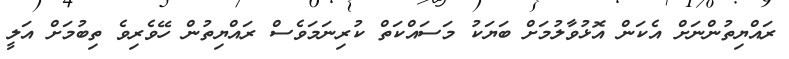
ރައްޔިތުންނަށް އެކަން އޮޅުވާލުމަށް ބަޔަކު މަސައްކަތް ކުރިނަމަވެސް ރައްޔިތުން ހޭވެރިވެ ތިބުމަށް އަލީ